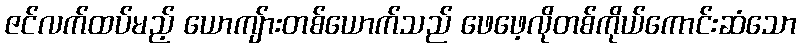
ဇင်လက်ထပ်မည့် ယောကျ်ားတစ်ယောက်သည် ဖေဖေ့လိုတစ်ကိုယ်ကောင်းဆံသော